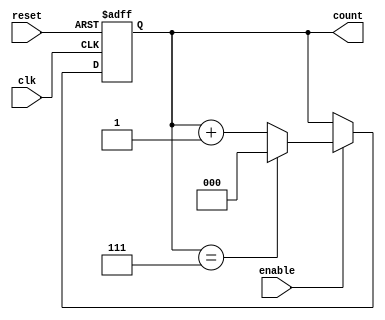
module binary_up_counter #(
    parameter N = 3  // Number of bits for the counter (default is 3)
)(
    input wire clk,      // Clock signal
    input wire reset,    // Asynchronous reset signal
    input wire enable,   // Enable signal
    output reg [N-1:0] count // Current count value
);

    // Asynchronous reset and counting logic
    always @(posedge clk or posedge reset) begin
        if (reset) begin
            count <= 0; // Reset the count to 0
        end else if (enable) begin
            if (count == (1 << N) - 1) begin
                count <= 0; // Wrap around to 0 when max value is reached
            end else begin
                count <= count + 1; // Increment the count
            end
        end
    end

endmodule